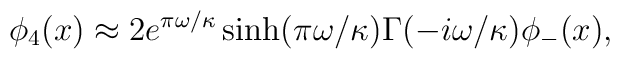
\phi_4(x) \approx 2 e^{\pi \omega/\kappa} \sinh(\pi \omega/\kappa)\Gamma(-i \omega/\kappa) \phi_{-}(x),